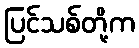
ပြင်သစ်တို့က